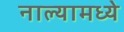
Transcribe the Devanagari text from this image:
नाल्यामध्ये